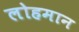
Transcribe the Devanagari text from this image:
लोहमान